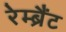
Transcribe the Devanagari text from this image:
रेम्ब्रैंट